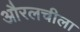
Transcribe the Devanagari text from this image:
औरलचीला